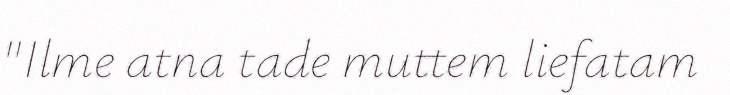
"Ilme atna tade muttem liefatam